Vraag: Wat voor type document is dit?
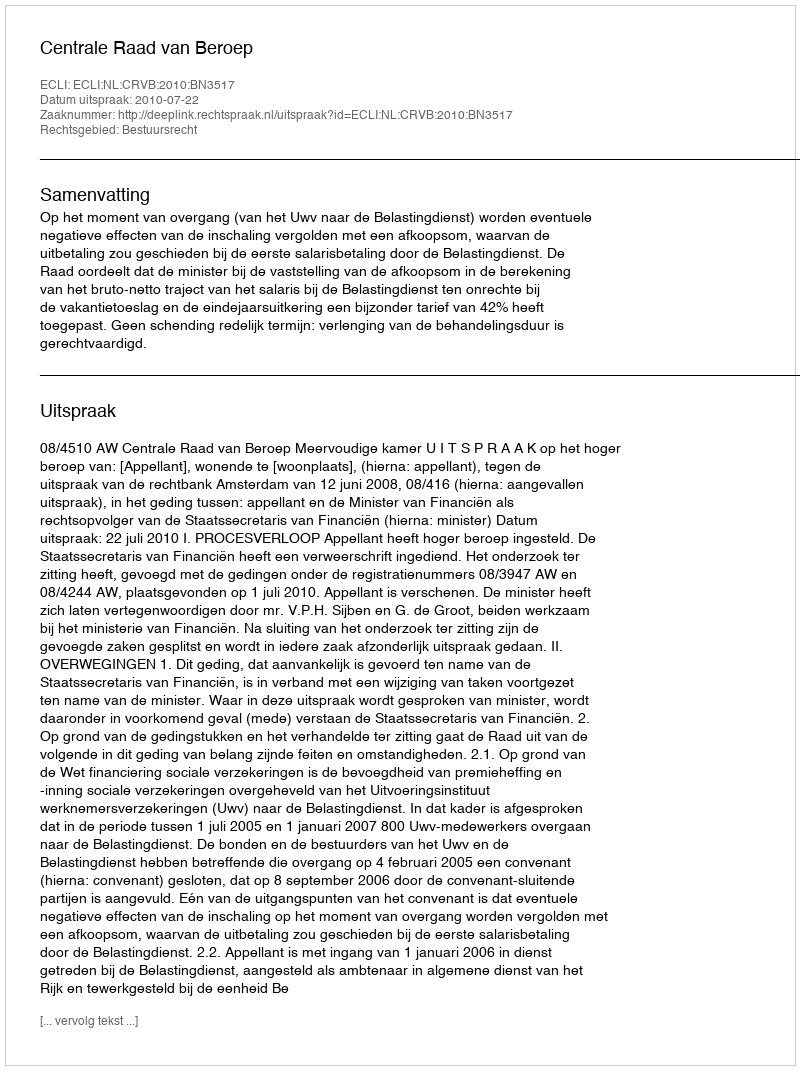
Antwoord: Uitspraak